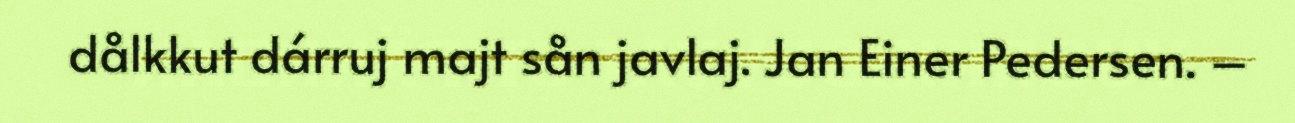
dålkkut dárruj majt sån javlaj. Jan Einer Pedersen. –